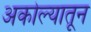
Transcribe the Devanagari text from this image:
अकोल्यातून